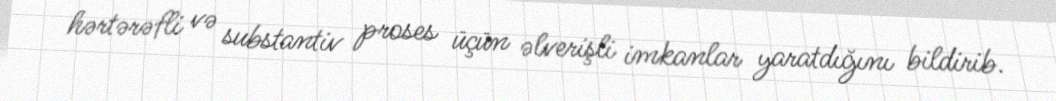
hərtərəfli və substantiv proses üçün əlverişli imkanlar yaratdığını bildirib.